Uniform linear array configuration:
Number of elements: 48
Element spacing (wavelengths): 0.25
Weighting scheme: cosine
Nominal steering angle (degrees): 30
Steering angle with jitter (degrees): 28.87
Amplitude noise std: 0.05
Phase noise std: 0.05

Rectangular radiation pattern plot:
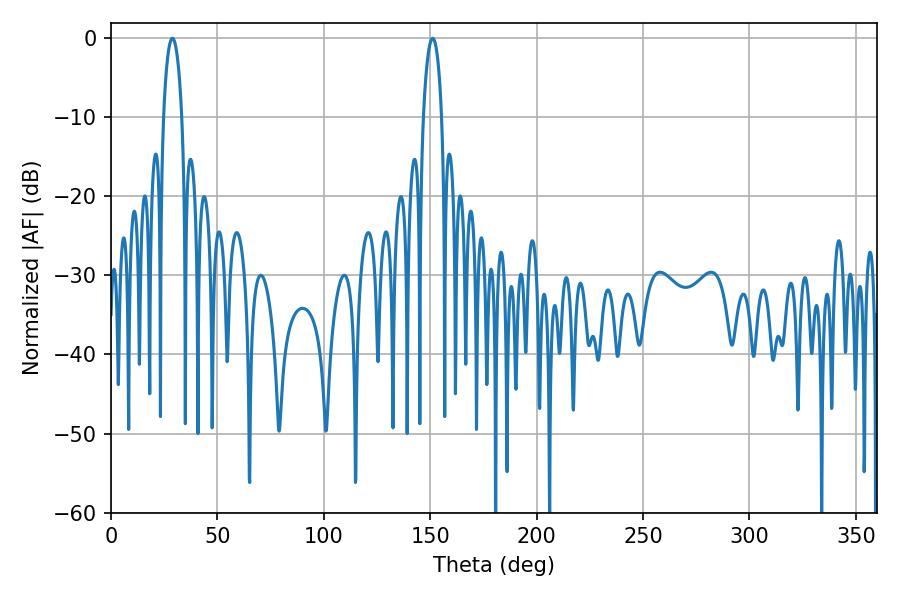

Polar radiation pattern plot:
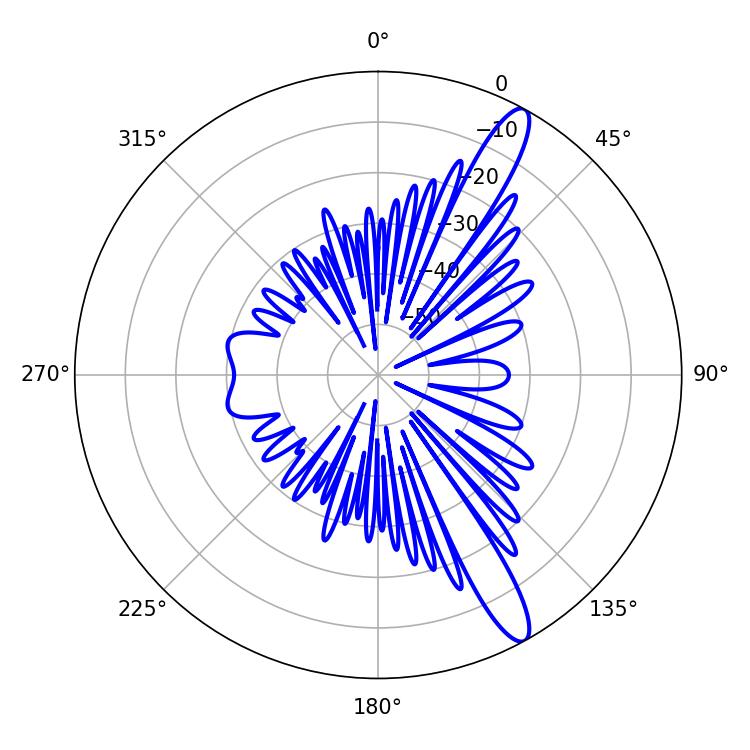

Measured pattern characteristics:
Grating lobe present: FALSE
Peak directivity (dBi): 13.388
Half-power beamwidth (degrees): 4.86
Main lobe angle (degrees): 28.8